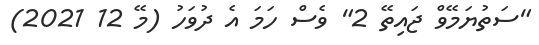
"ސަތުޔަމޭވް ޖައިތޭ 2" ވެސް ހަމަ އެ ދުވަހު (މޭ 12 2021)